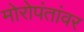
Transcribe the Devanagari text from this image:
मोरोपंतांवर